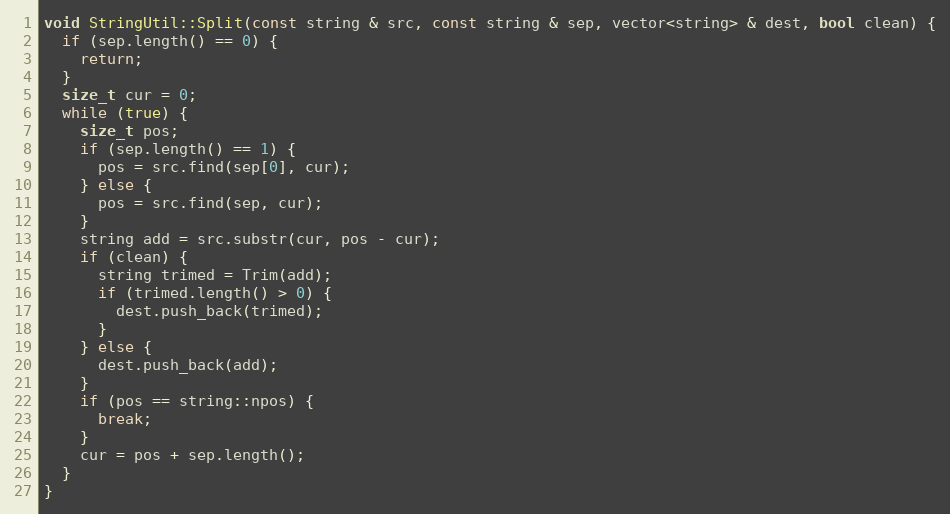
Language: C++
void StringUtil::Split(const string & src, const string & sep, vector<string> & dest, bool clean) {
  if (sep.length() == 0) {
    return;
  }
  size_t cur = 0;
  while (true) {
    size_t pos;
    if (sep.length() == 1) {
      pos = src.find(sep[0], cur);
    } else {
      pos = src.find(sep, cur);
    }
    string add = src.substr(cur, pos - cur);
    if (clean) {
      string trimed = Trim(add);
      if (trimed.length() > 0) {
        dest.push_back(trimed);
      }
    } else {
      dest.push_back(add);
    }
    if (pos == string::npos) {
      break;
    }
    cur = pos + sep.length();
  }
}